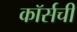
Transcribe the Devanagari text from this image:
कॉर्सची